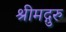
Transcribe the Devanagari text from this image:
श्रीमद्गुरुं